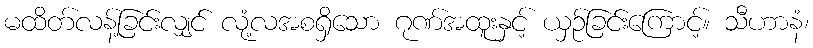
မထိတ်လန့်ခြင်းလျှင် လုံ့လအစရှိသော ဂုဏ်အထူးနှင့် ယှဉ်ခြင်းကြောင့်။ သီဟာနံ၊